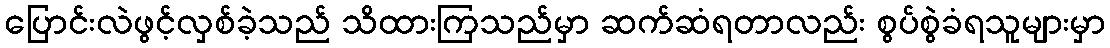
ပြောင်းလဲဖွင့်လှစ်ခဲ့သည် သိထားကြသည်မှာ ဆက်ဆံရတာလည်း စွပ်စွဲခံရသူများမှာ